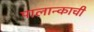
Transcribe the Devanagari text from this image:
पालान्काची